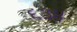
૬૩૪